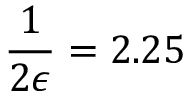
\frac { 1 } { 2 \epsilon } = 2 . 2 5